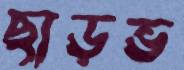
ছাড়ভ